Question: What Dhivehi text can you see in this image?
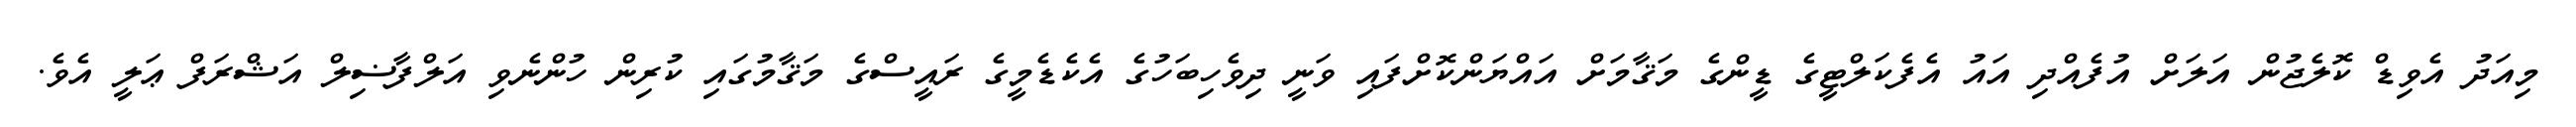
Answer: މިއަދު އެވިޑް ކޮލެޖުން އަލަށް އުފެއްދި އައު އެފެކަލްޓީގެ ޑީންގެ މަޤާމަށް އައްޔަންކޮށްފައި ވަނީ ދިވެހިބަހުގެ އެކެޑެމީގެ ރައީސްގެ މަޤާމުގައި ކުރިން ހުންނެވި އަލްފާޟިލް އަޝްރަފް ޢަލީ އެވެ.